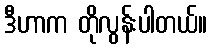
ဒီဟာက တိုလွန်းပါတယ်။